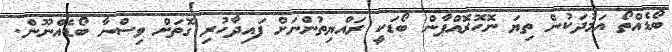
ބޯޑެއްތޯ އަމުދަކުން ތިޔަ ނޮހޮރޮއްޕާން ބޯޑަކީ ރައްޔިތުންނަށް ފައިދާހުރި ގޮތަށް ވިސްނާ ބޯޑެއްނޫން.